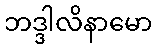
ဘဒ္ဒါလိနာမော